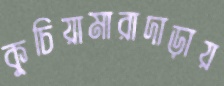
কুচিয়ামারাদাড়ায়